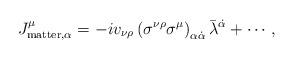
LaTeX: \begin{align*}J^{\mu}_{{\rm matter},\alpha} = -i v_{\nu\rho}\left(\sigma^{\nu\rho}\sigma^{\mu}\right)_{\alpha\dot{\alpha}} \bar{\lambda}^{\dot{\alpha}} + \cdots ,\end{align*}